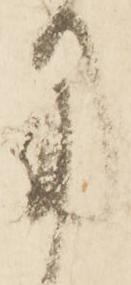
用